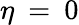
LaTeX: \eta\: =\: 0